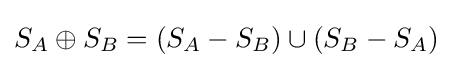
S_{A}\oplus S_{B}=(S_{A}-S_{B})\cup (S_{B}-S_{A})